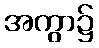
အကွာ၌